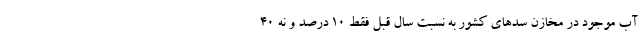
آب موجود در مخازن سد‌های کشور به نسبت سال قبل فقط ۱۰ درصد و نه ۴۰